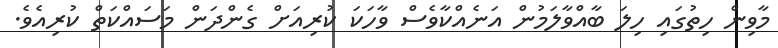
މާވިން ހިތުގައި ހިލަ ބާއްވާލަމުން އަނެއްކާވެސް ވާހަކަ ކުރިއަށް ގެންދަން މަސައްކަތް ކުރިއެވެ.